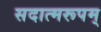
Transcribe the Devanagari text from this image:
सदात्मरूपम्